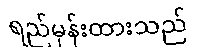
ရည်မှန်းထားသည်